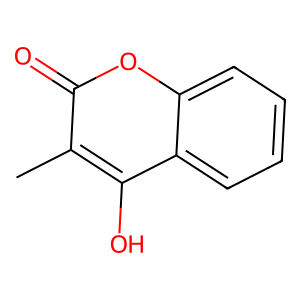
SMILES: Cc1c(O)c2ccccc2oc1=O
Inhibits HIV replication: No